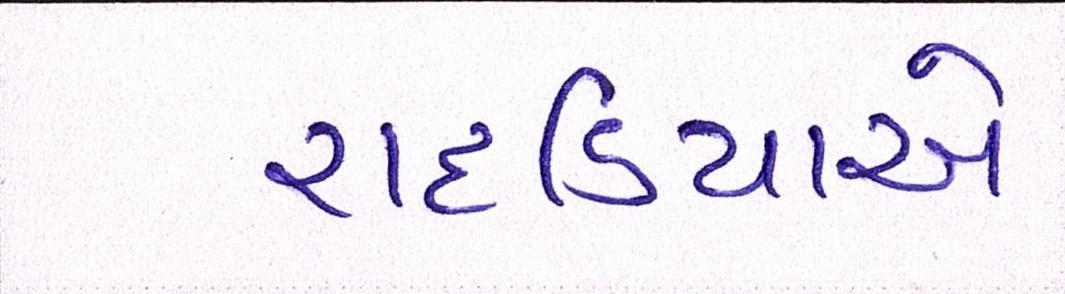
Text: રાદડિયાએ